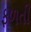
ફળતી